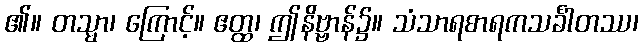
၏။ တသ္မာ၊ ကြောင့်။ ဧတ္ထ၊ ဤနိဗ္ဗာန်၌။ သံသာရစာရကသင်္ခါတဿ၊